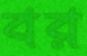
বর